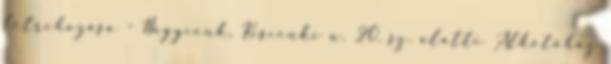
létrehozása - Nagycenk, Kiscenki u. 20. sz. alatti Alkotóház